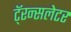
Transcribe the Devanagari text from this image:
टॅ्रन्सलेटर